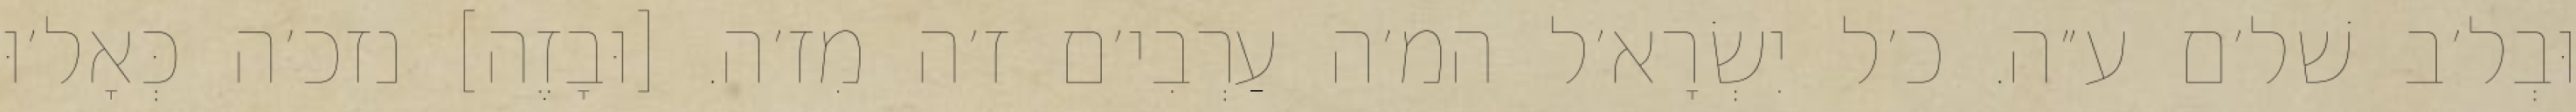
וּבְל׳ב שׁל׳ם ע״ה. כ׳ל יִשְׂרָא׳ל המ׳ה עַרְבִי׳ם ז׳ה מִז׳ה. [וּבָזֶה] נזכ׳ה כְּאָל׳וּ